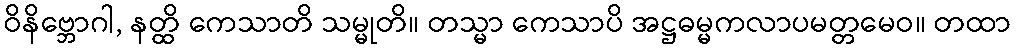
ဝိနိဗ္ဘောဂါ, နတ္ထိ ကေသာတိ သမ္မုတိ။ တသ္မာ ကေသာပိ အဋ္ဌဓမ္မကလာပမတ္တမေဝ။ တထာ